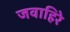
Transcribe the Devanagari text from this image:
जवाहिरे